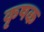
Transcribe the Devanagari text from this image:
कृषक